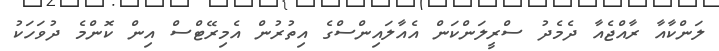
ލަންކާއާ ރާއްޖެއާ ދެމެދު ސްރީލަންކަން އެއާލައިންސްގެ އިތުރުން އެމިރޭޓްސް އިން ކޮންމެ ދުވަހަކު